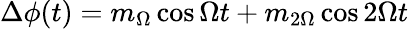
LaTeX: \Delta\phi(t)=m_{\Omega}\cos\Omega t+m_{2\Omega}\cos 2\Omega t